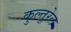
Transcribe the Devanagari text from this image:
कुल्तूरेल